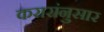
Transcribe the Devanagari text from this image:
करारांनुसार